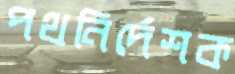
পথনির্দেশক